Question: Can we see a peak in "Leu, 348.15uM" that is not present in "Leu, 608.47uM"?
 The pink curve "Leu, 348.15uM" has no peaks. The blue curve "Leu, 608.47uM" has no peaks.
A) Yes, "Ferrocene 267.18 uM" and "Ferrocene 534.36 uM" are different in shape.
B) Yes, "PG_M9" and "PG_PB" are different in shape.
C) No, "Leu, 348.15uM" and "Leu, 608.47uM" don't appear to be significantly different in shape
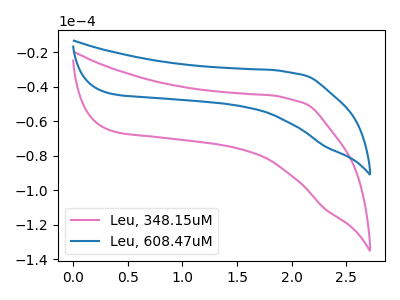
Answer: <think>Neither "Leu, 348.15uM" or "Leu, 608.47uM" have any peaks.
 </think>
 <answer>C) No, "Leu, 348.15uM" and "Leu, 608.47uM" don't appear to be significantly different in shape</answer>
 <eval>C</eval>